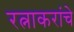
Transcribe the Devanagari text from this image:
रत्नाकरांचे